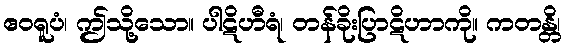
ဧဝရူပံ၊ ဤသို့သော။ ပါဋိဟီရံ၊ တန်ခိုးပြာဋိဟာကို။ ကတန္တိ၊